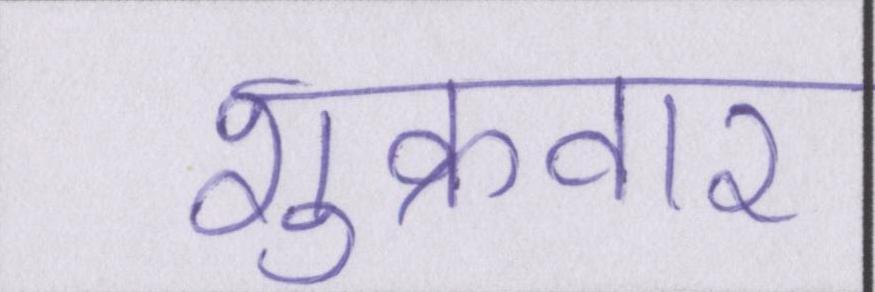
शुक्रवार